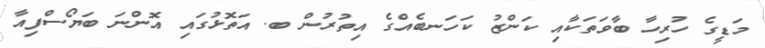
މަޑީގެ ހުރިހާ ބާވަތަކާއި ކަންޒު ކަހަނބެއްގެ އިތުރުން ބ. އަތޮޅުގައި އޮންނަ ބަޔޯސްފިއާ